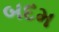
બદમ